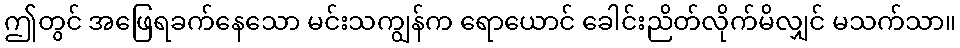
ဤတွင် အဖြေရခက်နေသော မင်းသကျွန်က ရောယောင် ခေါင်းညိတ်လိုက်မိလျှင် မသက်သာ။